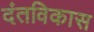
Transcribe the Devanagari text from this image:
दंतविकास